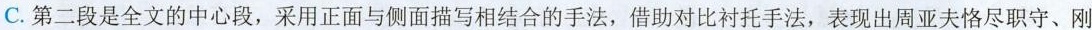
C.第二段是全文的中心段，采用正面与侧面描写相结合的手法，借助对比衬托手法，表现出周亚夫恪尽职守、刚